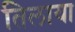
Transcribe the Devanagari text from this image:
तिलाया